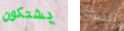
يشتكون التنوع